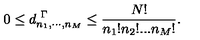
0 \leq d _ { n _ { 1 } , \cdots , n _ { M } } ^ { \ \Gamma } \leq \frac { N ! } { n _ { 1 } ! n _ { 2 } ! . . . n _ { M } ! } .